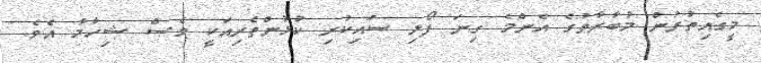
މީގެއިތުރުން މުބާރާތުގެ އެންމެ ގިނަ ފޯލި ސައިކުރި ކުޅުންތެރިއަކީ ވެސް ޝިހާމާ އެވެ.